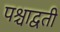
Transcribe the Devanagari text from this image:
पश्चाद्वती